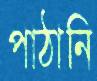
পাঠানি